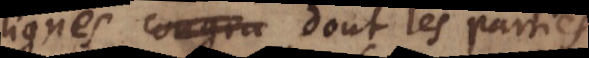
ligne solide dont les parties